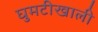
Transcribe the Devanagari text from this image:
घुमटीखाली